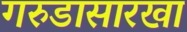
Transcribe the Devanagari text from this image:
गरुडासारखा